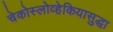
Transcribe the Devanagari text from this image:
चेकोस्लोव्हेकियासुद्धा